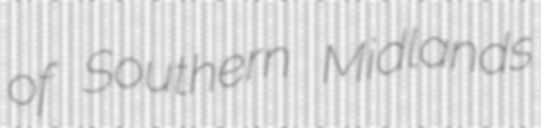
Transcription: of Southern Midlands